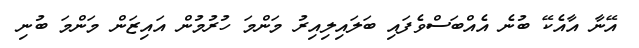
އޭނާ އާއެކޭ ބުނެ އެއްބަސްވެފައި ބަލައިލިއިރު މަންމަ ހުރުމުން އައިޒަން މަންމަ ބުނި